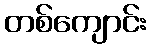
တစ်ကျောင်း